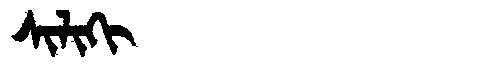
Manchu: ᠰᡳᠯᡳᡴᡳ
Romanization: SILIKI